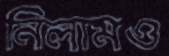
নিলামও